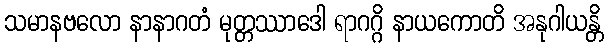
သမာနဗလော နာနာဂတံ မုတ္တဿာဒေါ ရာဂဂ္ဂိ နာယကောတိ အနုဂါယန္တိ